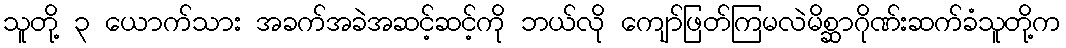
သူတို့ ၃ ယောက်သား အခက်အခဲအဆင့်ဆင့်ကို ဘယ်လို ကျော်ဖြတ်ကြမလဲမိစ္ဆာဂိုဏ်းဆက်ခံသူတို့က